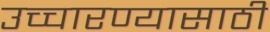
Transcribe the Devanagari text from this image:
उच्चारण्यासाठी